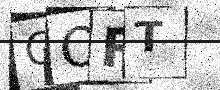
Text: GORT